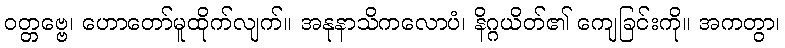
ဝတ္တဗ္ဗေ၊ ဟောတော်မူထိုက်လျက်။ အနုနာသိကလောပံ၊ နိဂ္ဂယိတ်၏ ကျေခြင်းကို။ အကတွာ၊